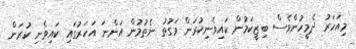
މިއަހަރު ދެމީހުންވެސް ބިޒީކަމުން ކައިވެނިކުރަން ވަގުތު ނެތުމުން އަންނަ އަހަރުގައި ކައިވެނި ކުރަން